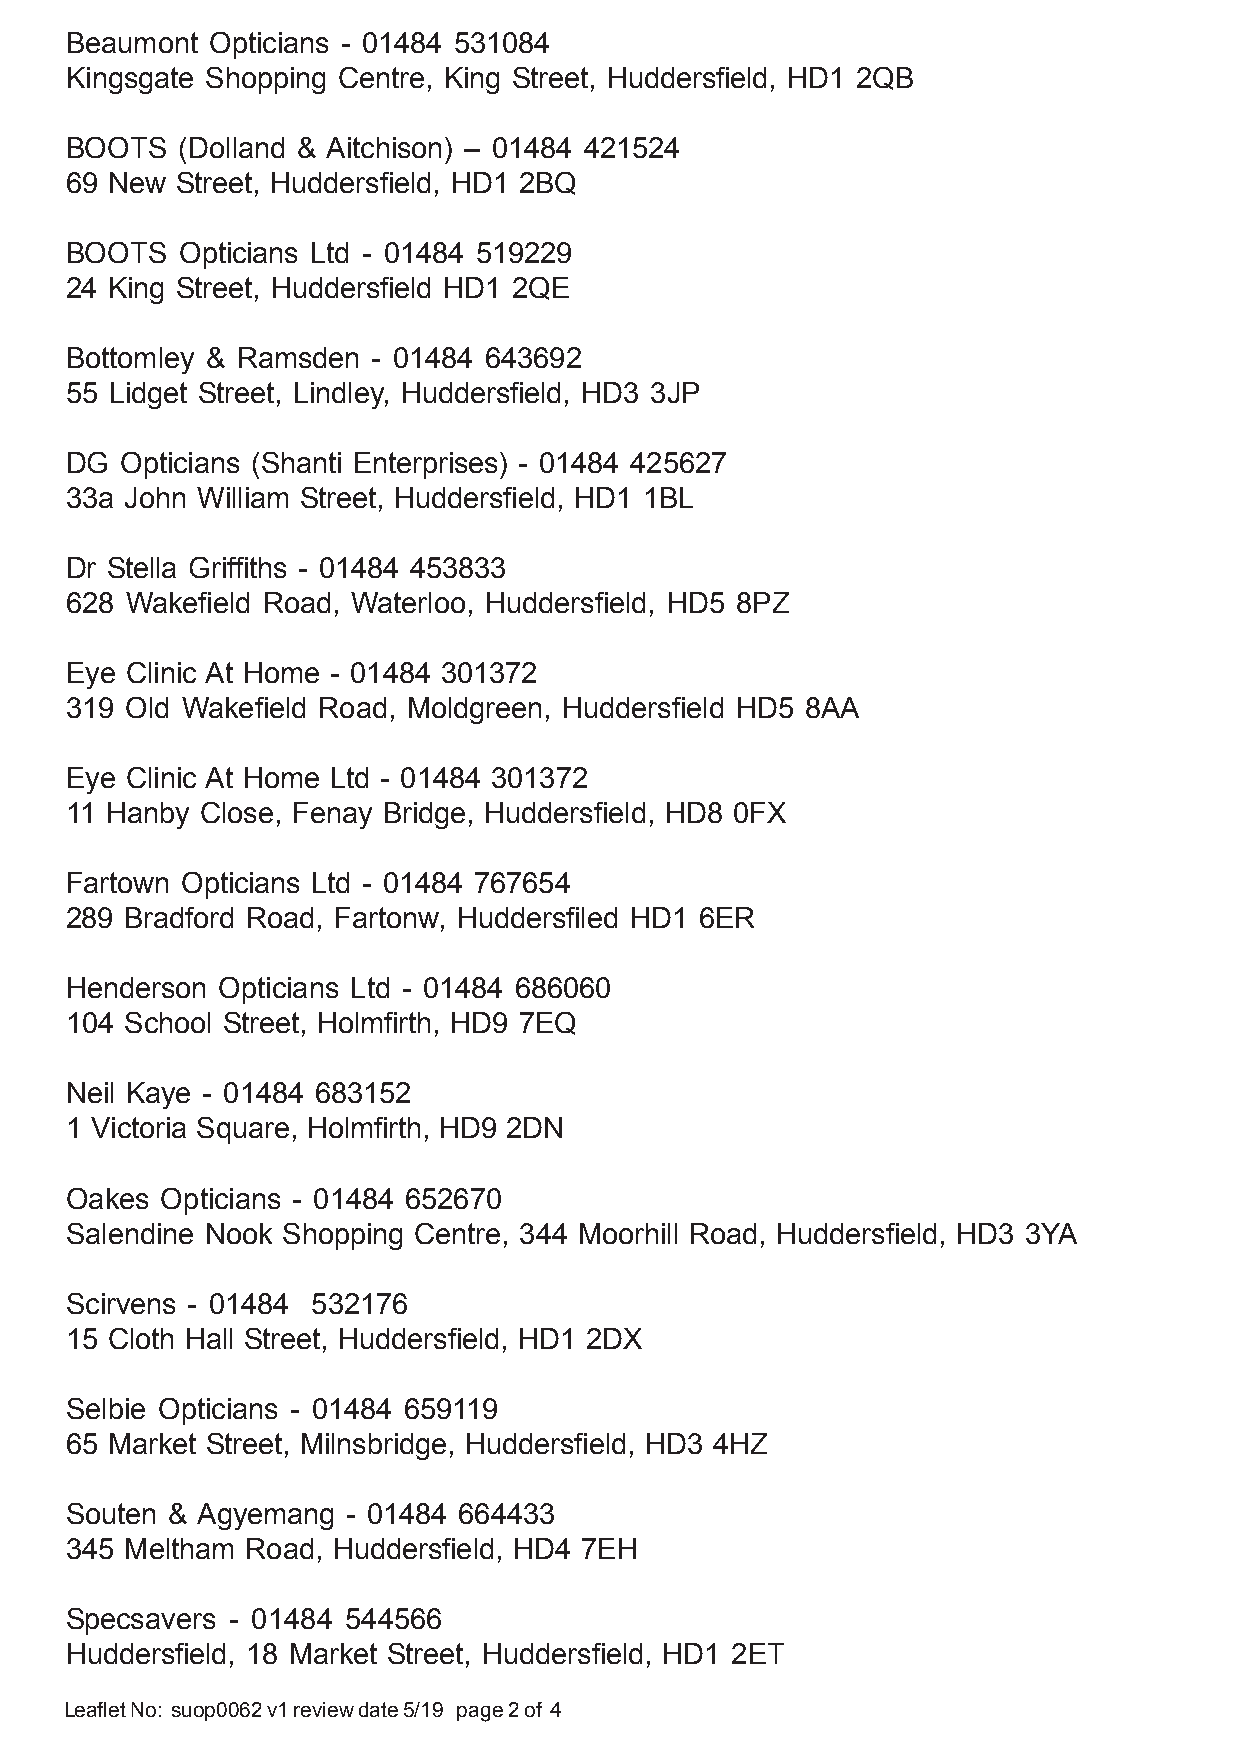
Beaumont  Opticians - 01484 531084
 Kingsgate Shopping Centre, King Street, Huddersfield, HD1 2QB
 BOOTS   (Dolland & Aitchison) – 01484 421524
 69 New  Street, Huddersfield, HD1 2BQ
 BOOTS   Opticians Ltd - 01484 519229
 24 King Street, Huddersfield HD1 2QE
 Bottomley & Ramsden  - 01484 643692
 55 Lidget Street, Lindley, Huddersfield, HD3 3JP
 DG  Opticians (Shanti Enterprises) - 01484 425627
 33a John William Street, Huddersfield, HD1 1BL
 Dr Stella Griffiths - 01484 453833
 628 Wakefield Road, Waterloo, Huddersfield, HD5 8PZ
 Eye Clinic At Home - 01484 301372
 319 Old Wakefield Road, Moldgreen, Huddersfield HD5 8AA
 Eye Clinic At Home Ltd - 01484 301372
 11 Hanby Close, Fenay Bridge, Huddersfield, HD8 0FX
 Fartown Opticians Ltd - 01484 767654
 289 Bradford Road, Fartonw, Huddersfiled HD1 6ER
 Henderson Opticians Ltd - 01484 686060
 104 School Street, Holmfirth, HD9 7EQ
 Neil Kaye - 01484 683152
 1 Victoria Square, Holmfirth, HD9 2DN
 Oakes  Opticians - 01484 652670
 Salendine Nook Shopping Centre, 344 Moorhill Road, Huddersfield, HD3 3YA
 Scirvens - 01484 532176
 15 Cloth Hall Street, Huddersfield, HD1 2DX
 Selbie Opticians - 01484 659119
 65 Market Street, Milnsbridge, Huddersfield, HD3 4HZ
 Souten & Agyemang  - 01484 664433
 345 Meltham Road, Huddersfield, HD4 7EH
 Specsavers - 01484 544566
 Huddersfield, 18 Market Street, Huddersfield, HD1 2ET
 Leaflet No: suop0062 v1 review date 5/19 page 2 of 4